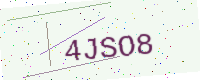
Text: 4JSO8